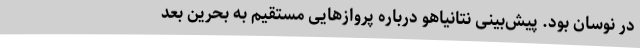
در نوسان بود. پیش‌بینی نتانیاهو درباره پروازهایی مستقیم به بحرین بعد